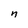
Character: n